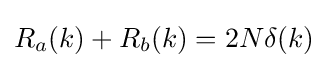
R_{a}(k)+R_{b}(k)=2N\delta (k)